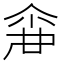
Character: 𠋓